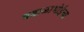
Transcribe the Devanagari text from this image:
वडाळाभोईचा